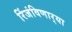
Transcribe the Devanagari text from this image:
रिंजंविणार्‍या